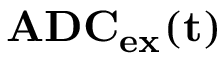
\mathbf { A D C _ { e x } ( t ) }